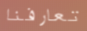
تعارفنا